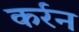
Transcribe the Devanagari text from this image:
कर्रन